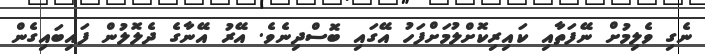
ނެގި ވެލިމުށް ނޭފަތާއި ކައިރިކޮށްލުމަށްފަހު އޭގައި ބޮސްދިނެވެ. އޭރު އޭނާގެ ދެލޮލުން ފައިބައިގެން